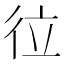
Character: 𢓔